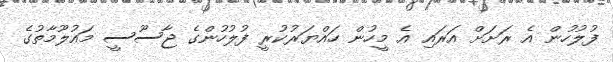
ފުލުހުން އެ ރަށަށް އަރައި އެ މީހުން ހައްޔަރުކުރީ ފުލުހުންގެ ޖާސޫސީ މައުލޫމާތުގެ